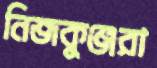
নিজকুঞ্জরা